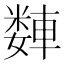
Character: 𫏻